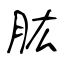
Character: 肱